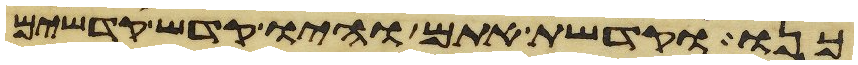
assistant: כנו וקדשת אתם והיו קדש קדשים